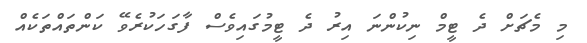
މި މެޗަށް ދެ ޓީމް ނިކުންނަ އިރު ދެ ޓީމުގައިވެސް ފާގަހަކުރެވޭ ކަންތައްތަކެއް